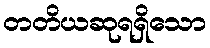
တတိယဆုရရှိသော